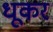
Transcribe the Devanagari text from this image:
धूकर